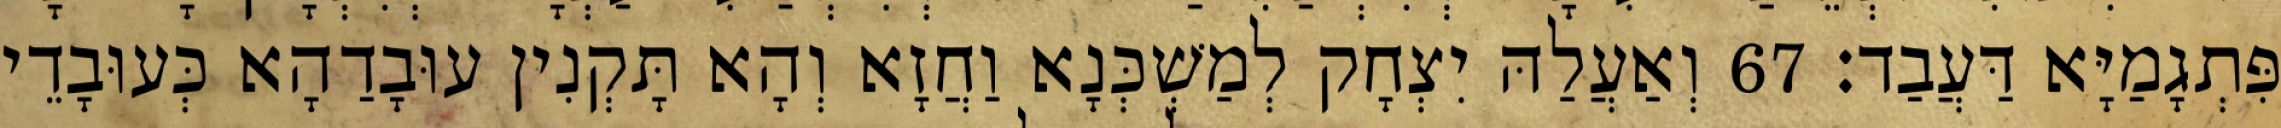
פִּתְגָמַיָּא דַּעֲבַד׃ 67 וְאַעֲלַהּ יִצְחָק לְמַשְׁכְּנָא וַחֲזָא וְהָא תָּקְנִין עוּבָדַהָא כְּעוּבָדֵי